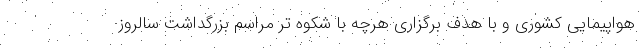
هواپیمایی کشوری و با هدف برگزاری هرچه با شکوه تر مراسم بزرگداشت سالروز